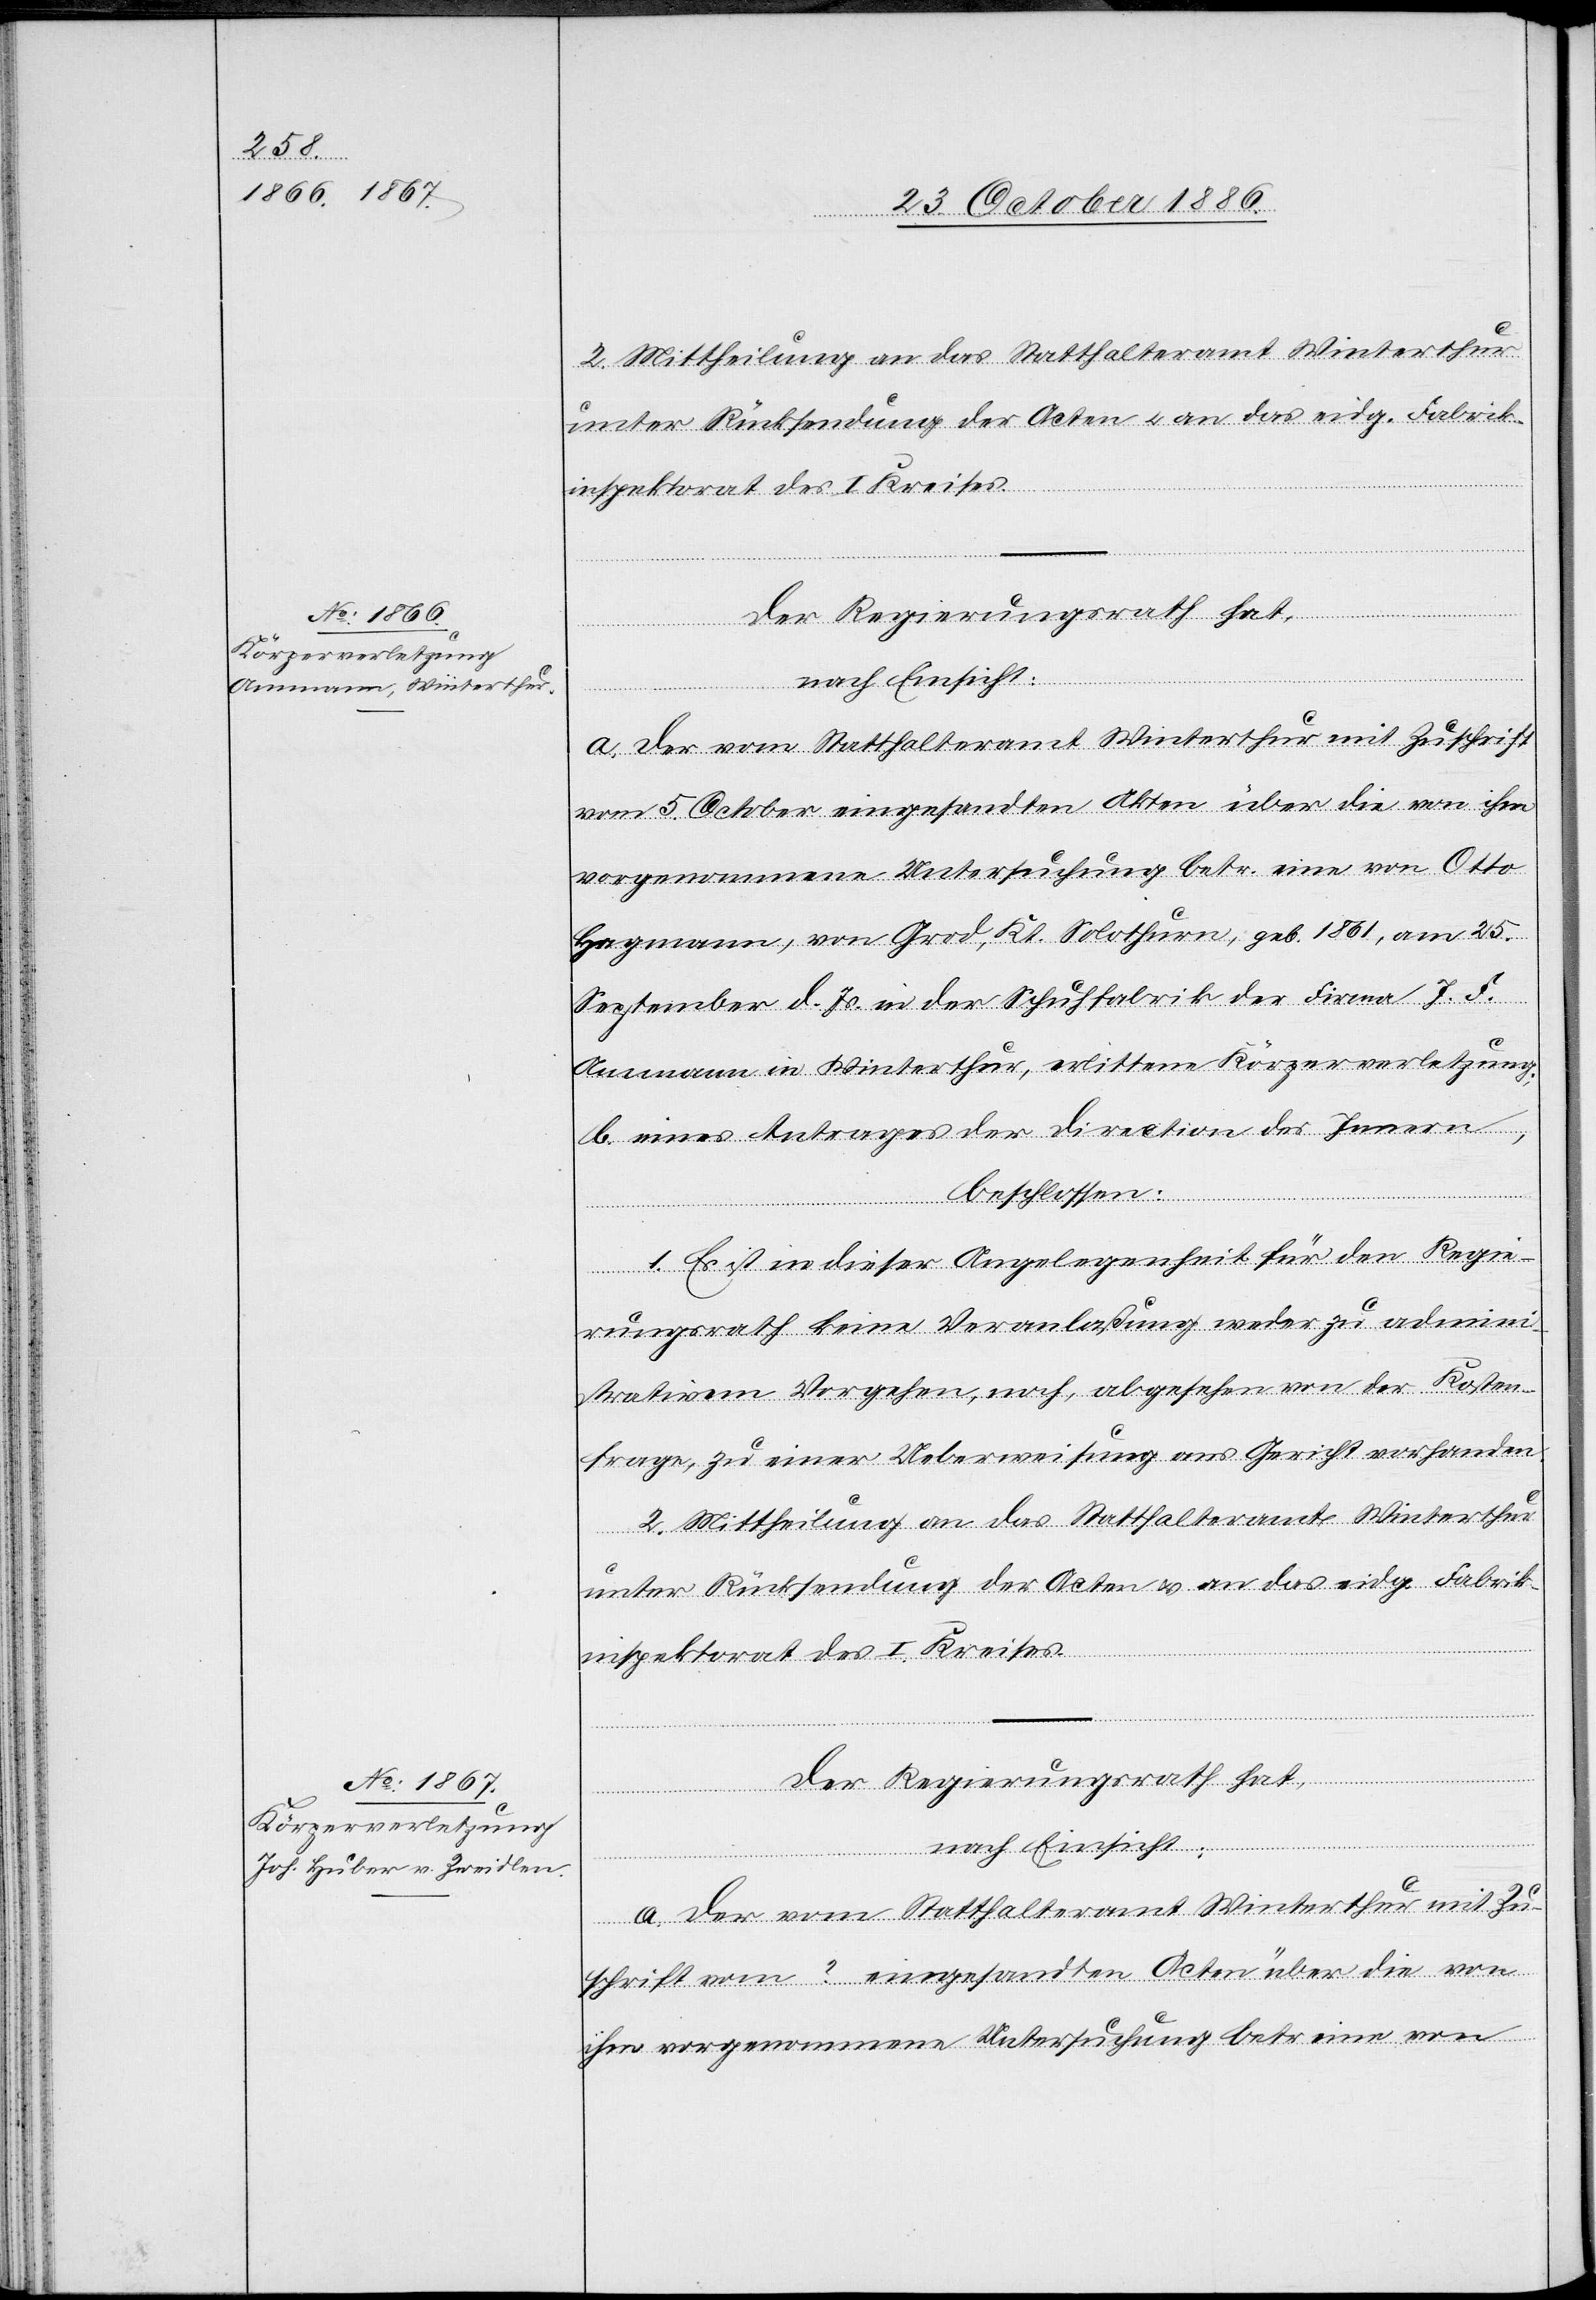
2. Mittheilung an das Statthalteramt Winterthur
nach Einsicht:
a. der vom Statthalteramt Winterthur mit Zuschrift
vom 5. October eingesandten Akten über die von ihm
vorgenommene Untersuchung betr. eine von Otto
Hagmann, von Grod, Kt. Solothurn, geb. 1861, am 25.
September d. Js. in der Schuhfabrik der Firma J. F.
Ammann in Winterthur, erlittene Körperverletzung;
b. eines Antrages der Direction des Innern,
beschlossen:
1. Es ist in dieser Angelegenheit für den Regie¬
rungsrath keine Veranlaßung weder zu admini¬
strativem Vorgehen, noch, abgesehen von der Kosten¬
frage, zu einer Ueberweisung ans Gericht vorhanden.
2. Mittheilung an das Statthalteramt Winterthur
unter Rücksendung der Acten & an das eidg. Fabrik¬
inspektorat des I. Kreises.
Der Regierungsrath hat,
a. der vom Statthalteramt Winterthur mit Zu¬
schrift vom ? eingesandten Acten über die von
ihm vorgenommene Untersuchung betr. eine von